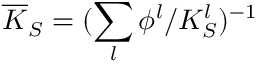
\overline { { K } } _ { S } = ( \sum _ { l } \phi ^ { l } / K _ { S } ^ { l } ) ^ { - 1 }